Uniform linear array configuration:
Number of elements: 24
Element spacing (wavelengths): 0.75
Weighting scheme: blackman
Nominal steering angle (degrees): -15
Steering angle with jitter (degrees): -15.697
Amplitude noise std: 0.05
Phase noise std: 0.05

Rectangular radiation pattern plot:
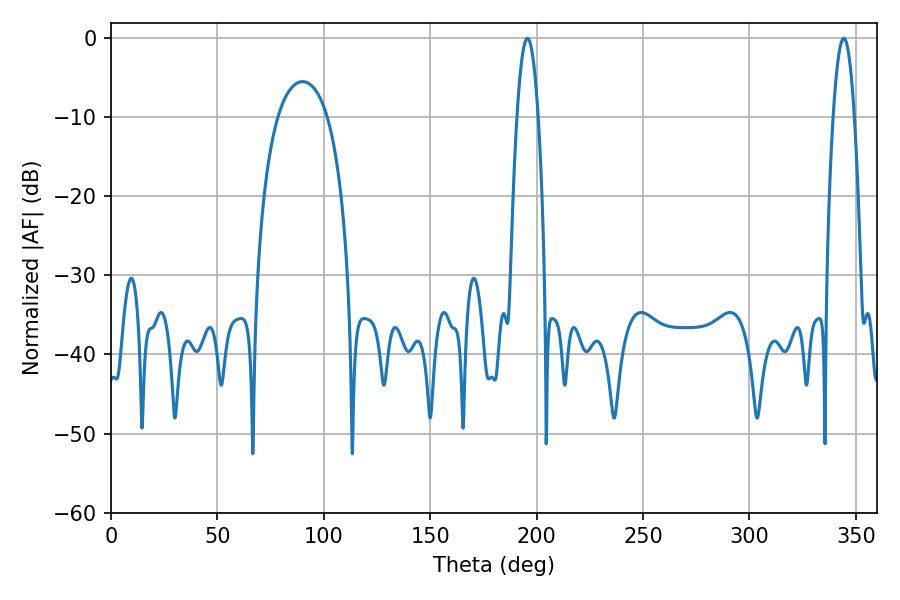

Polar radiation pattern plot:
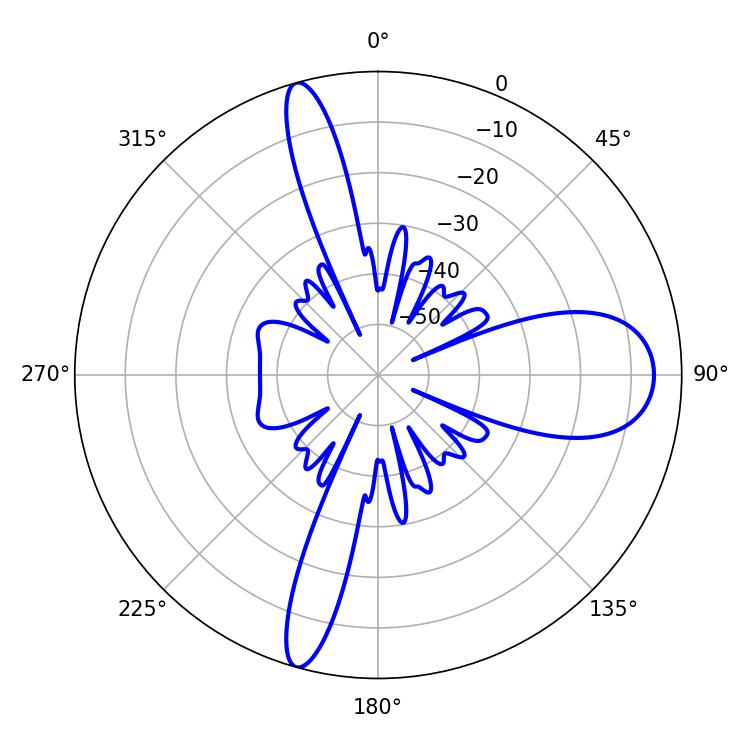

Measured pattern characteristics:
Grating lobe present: TRUE
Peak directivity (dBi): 16.903
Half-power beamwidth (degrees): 5.4
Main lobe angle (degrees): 195.66